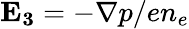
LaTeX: \mathbf{E_{3}}=-\nabla p/en_{e}